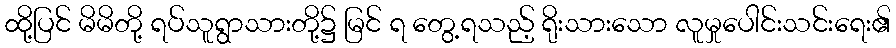
ထို့ပြင် မိမိတို့ ရပ်သူရွာသားတို့၌ မြင် ရ တွေ့ရသည့် ရိုးသားသော လူမှုပေါင်းသင်းရေး၏